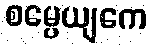
စမ္ပေယျကေ